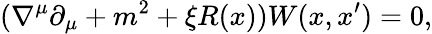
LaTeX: (\nabla^{\mu}\partial_{\mu}+m^{2}+\xi R(x))W(x,x^{\prime})=0,